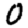
Digit: 0